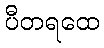
ပီတရထေ